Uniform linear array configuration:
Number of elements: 64
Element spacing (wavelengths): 1
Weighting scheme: hann
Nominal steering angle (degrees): -45
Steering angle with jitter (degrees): -43.197
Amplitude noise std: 0.05
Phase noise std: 0.05

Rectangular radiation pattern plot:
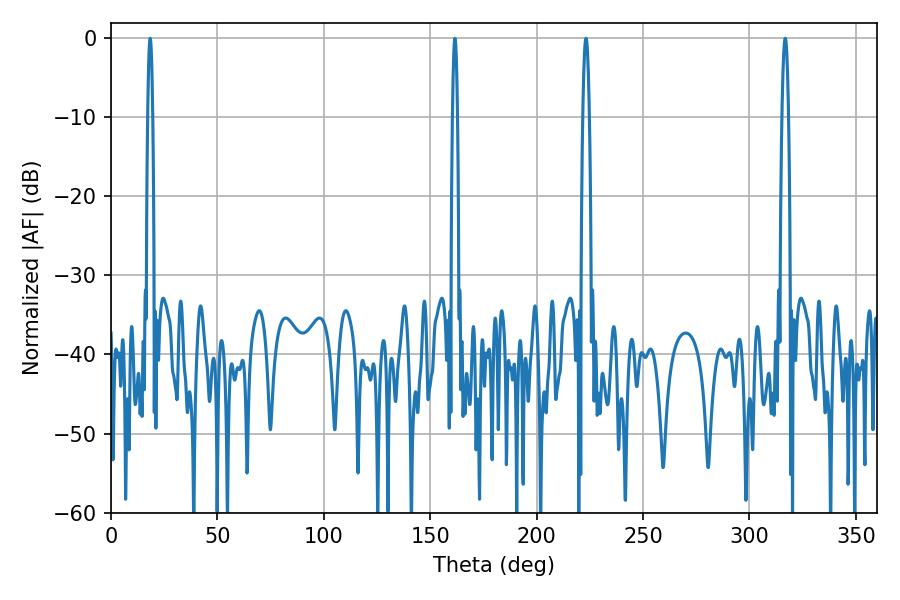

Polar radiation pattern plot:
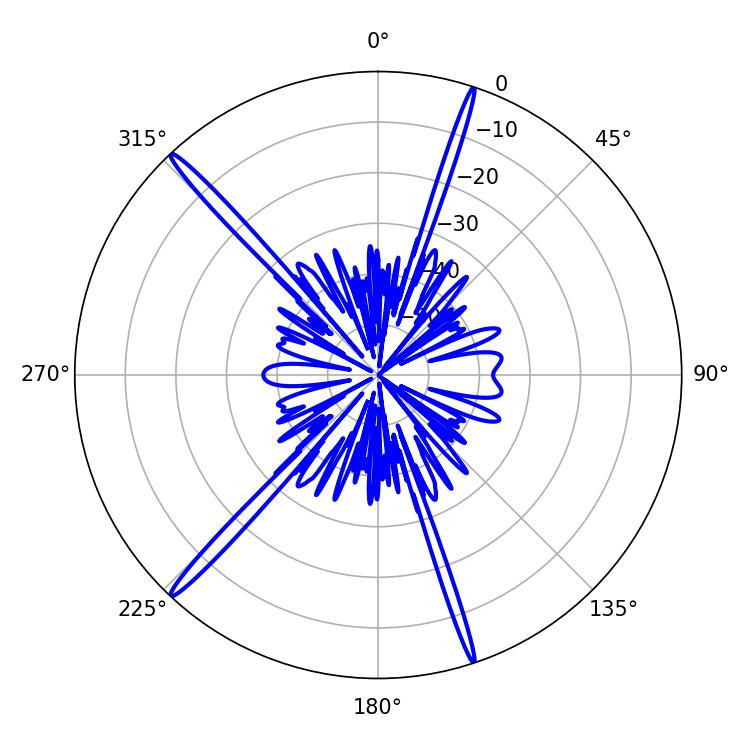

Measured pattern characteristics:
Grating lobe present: TRUE
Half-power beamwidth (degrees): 1.62
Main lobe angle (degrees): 316.8